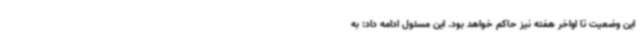
این وضعیت تا اواخر هفته نیز حاکم خواهد بود. این مسئول ادامه داد: به